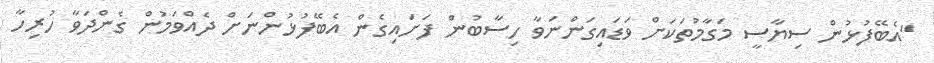
"އެބޭފުޅުން ސިޔާސީ މަގާމުތަކަށް ވަޑައިގަންނަވާ ހިސާބުން ފަށައިގެން އެބޭފުޅުންނަށް ދެއްވަމުން ގެންދަވާ ހުރިހާ